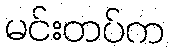
မင်းတပ်က